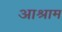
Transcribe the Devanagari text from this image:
आश्राम